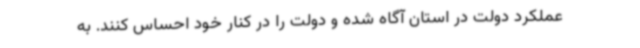
عملکرد دولت در استان آگاه شده و دولت را در کنار خود احساس کنند. به